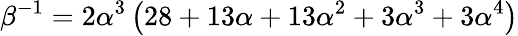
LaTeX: \beta^{-1}=2\alpha^{3}\left(28+13\alpha+13\alpha^{2}+3\alpha^{3}+3\alpha^{4}\right)